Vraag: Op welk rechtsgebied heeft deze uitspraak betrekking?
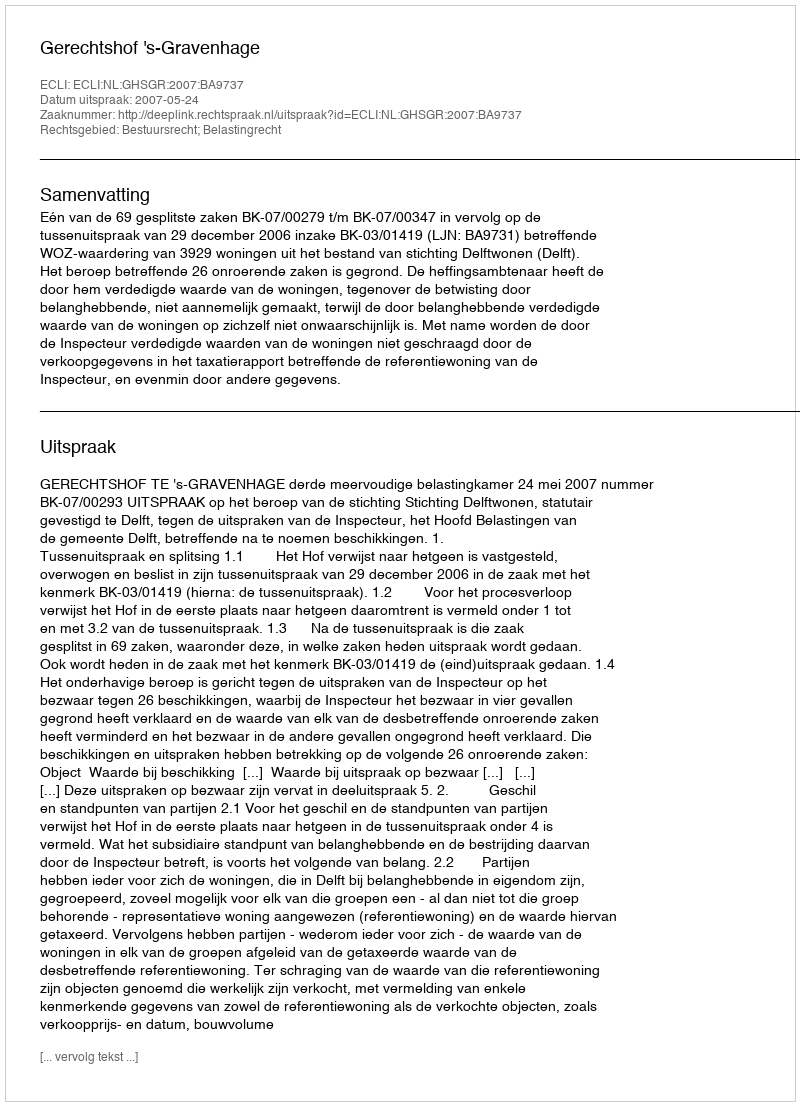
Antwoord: Bestuursrecht; Belastingrecht